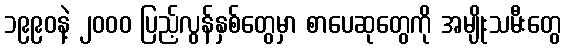
၁၉၉၀နဲ့ ၂၀၀၀ ပြည့်လွန်နှစ်တွေမှာ စာပေဆုတွေကို အမျိုးသမီးတွေ